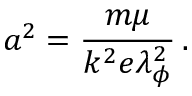
a ^ { 2 } = \frac { m \mu } { k ^ { 2 } e \lambda _ { \phi } ^ { 2 } } \, .